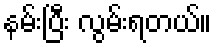
နမ်းပြီး လွမ်းရတယ်။